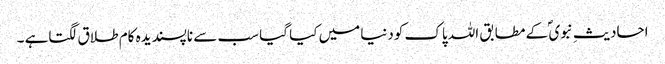
احادیثِ نبوی ؐ کے مطابق اللہ پاک کودنیا میں کیا گیا سب سے ناپسندیدہ کام طلاق لگتاہے ۔